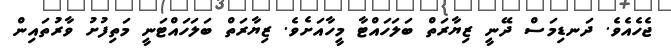
ޖެހެއެވެ. ދަނޑިމަސް ދޭނީ ޒިޔާރަތް ބަލަަހައްޓާ މީހާއަށެވެ. ޒިޔާރަތް ބަލަހައްޓަނީ މަތިފުށު ވާރުތައިން